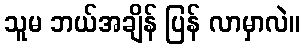
သူမ ဘယ်အချိန် ပြန် လာမှာလဲ။